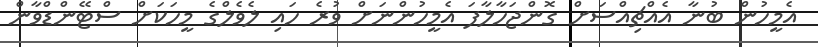
އެމީހުން ބުނާ އެއްޗިއްސަށް ގޮންޖަހާލާފަ އެމީހުންނަށް ވުރެ ހައި ލެވެލްގެ މީހަކަށް ސްޓޭންޑްވާން